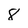
Character: 8